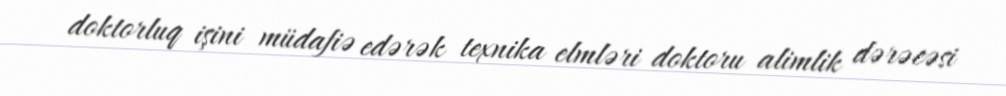
doktorluq işini müdafiə edərək texnika elmləri doktoru alimlik dərəcəsi